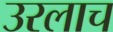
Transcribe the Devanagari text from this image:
उरलाच